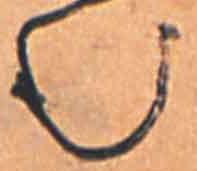
む